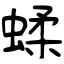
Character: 蝚